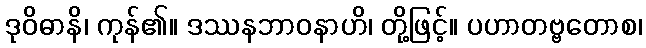
ဒုဝိဓာနိ၊ ကုန်၏။ ဒဿနဘာဝနာဟိ၊ တို့ဖြင့်။ ပဟာတဗ္ဗတောစ၊